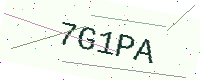
Text: 7G1PA